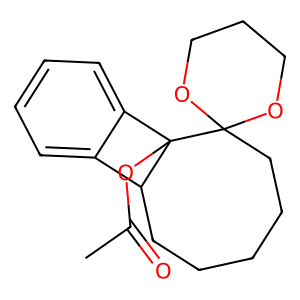
SMILES: CC(=O)OC12c3ccccc3C1CCCCCC21OCCCO1
Inhibits HIV replication: No